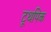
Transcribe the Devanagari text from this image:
टूथपिक